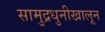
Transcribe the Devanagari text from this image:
सामुद्रधुनीखालून